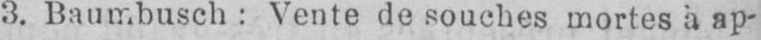
3. Baumbusch: Vente de souches mortes à ap-